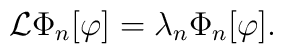
{\cal L} \Phi_{n}[\varphi] = \lambda_{n} \Phi_{n}[\varphi].